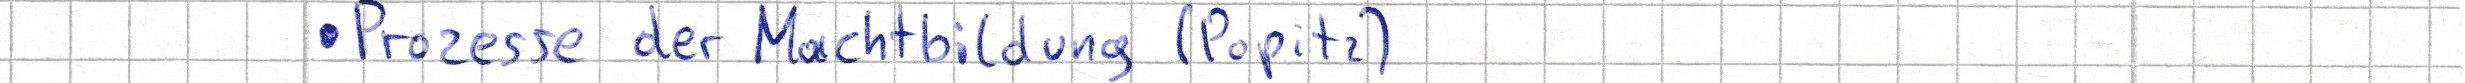
Prozesse der Machtbildung (Popitz)